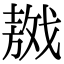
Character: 𢧴